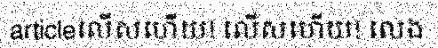
articleលើសហើយ! លើសហើយ! លេង